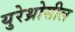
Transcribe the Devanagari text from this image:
युरेथ्रोसील